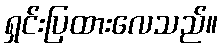
ရှင်းပြထားလေသည်။